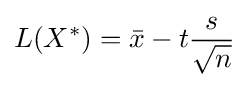
L(X^{*})={\bar {x}}-t{\frac {s}{\sqrt {n}}}